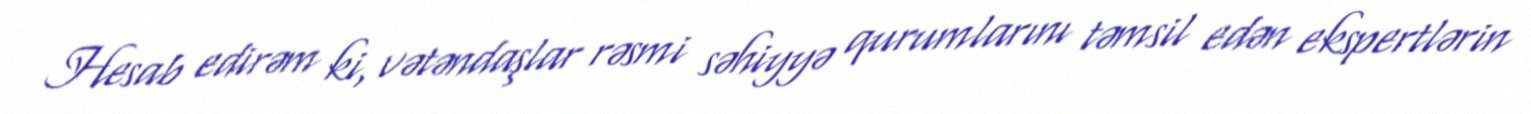
Hesab edirəm ki, vətəndaşlar rəsmi səhiyyə qurumlarını təmsil edən ekspertlərin